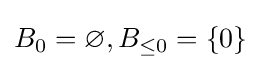
B_{0}=\varnothing ,B_{\leq 0}=\{0\}